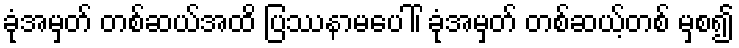
ခုံအမှတ် တစ်ဆယ်အထိ ပြဿနာမပေါ်၊ ခုံအမှတ် တစ်ဆယ့်တစ် မှစ၍